Indian journal of veterinary science and animal husbandry - Volume 11,
Year: 1941
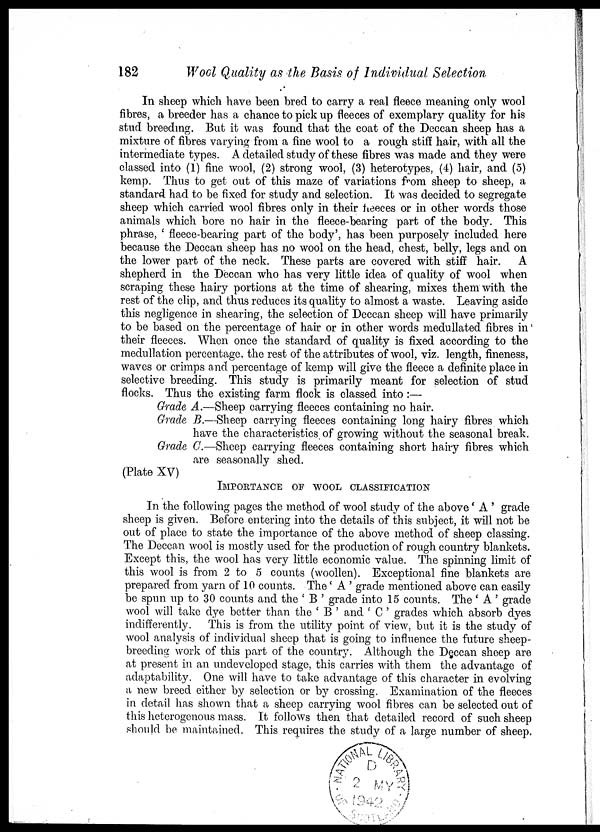
182
Wool Quality as the Basis of Individual Selection
In sheep which have been bred to carry a real fleece meaning only wool
fibres, a breeder has a chance to pick up fleeces of exemplary quality for his
stud breeding. But it was found that the coat of the Deccan sheep has a
mixture of fibres varying from a fine wool to a rough stiff hair, with all the
intermediate types. A detailed study of these fibres was made and they were
classed into (1) fine wool, (2) strong wool, (3) heterotypes, (4) hair, and (5)
kemp. Thus to get out of this maze of variations from sheep to sheep, a
standard had to be fixed for study and selection. It was decided to segregate
sheep which carried wool fibres only in their fleeces or in other words those
animals which bore no hair in the fleece-bearing part of the body. This
phrase, ' fleece-bearing part of the body', has been purposely included here
because the Deccan sheep has no wool on the head, chest, belly, legs and on
the lower part of the neck. These parts are covered with stiff hair. A
shepherd in the Deccan who has very little idea of quality of wool when
scraping these hairy portions at the time of shearing, mixes them with the
rest of the clip, and thus reduces its quality to almost a waste. Leaving aside
this negligence in shearing, the selection of Deccan sheep will have primarily
to be based on the percentage of hair or in other words medullated fibres in
their fleeces. When once the standard of quality is fixed according to the
medullation percentage, the rest of the attributes of wool, viz. length, fineness,
waves or crimps and percentage of kemp will give the fleece a definite place in
selective breeding. This study is primarily meant for selection of stud
flocks. Thus the existing farm flock is classed into:—
Grade A.—Sheep carrying fleeces containing no hair.
Grade B.—Sheep carrying fleeces containing long hairy fibres which
have the characteristics of growing without the seasonal break.
Grade C.—Sheep carrying fleeces containing short hairy fibres which
are seasonally shed.
(Plate XV)
IMPORTANCE OF WOOL CLASSIFICATION
In the following pages the method of wool study of the above' A ' grade
sheep is given. Before entering into the details of this subject, it will not be
out of place to state the importance of the above method of sheep classing.
The Deccan wool is mostly used for the production of rough country blankets.
Except this, the wool has very little economic value. The spinning limit of
this wool is from 2 to 5 counts (woollen). Exceptional fine blankets are
prepared from yarn of 10 counts. The' A ' grade mentioned above can easily
be spun up to 30 counts and the ' B ' grade into 15 counts. The' A ' grade
wool will take dye better than the ' B ' and ' C ' grades which absorb dyes
indifferently.
This is from the utility point of view, but it is the study of
wool analysis of individual sheep that is going to influence the future sheep-
breeding work of this part of the country. Although the Deccan sheep are
at present in an undeveloped stage, this carries with them the advantage of
adaptability. One will have to take advantage of this character in evolving
a new breed either by selection or by crossing. Examination of the fleeces
in detail has shown that a sheep carrying wool fibres can be selected out of
this heterogenous mass. It follows then that detailed record of such sheep
should be maintained. This requires the study of a large number of sheep.